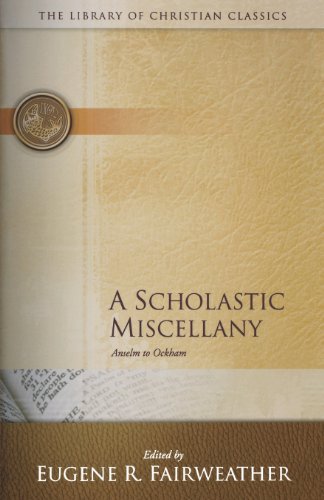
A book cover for A Scholastic Miscellany: Anselm to Ockham (The Library of Christian Classics); Christian Books & Bibles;